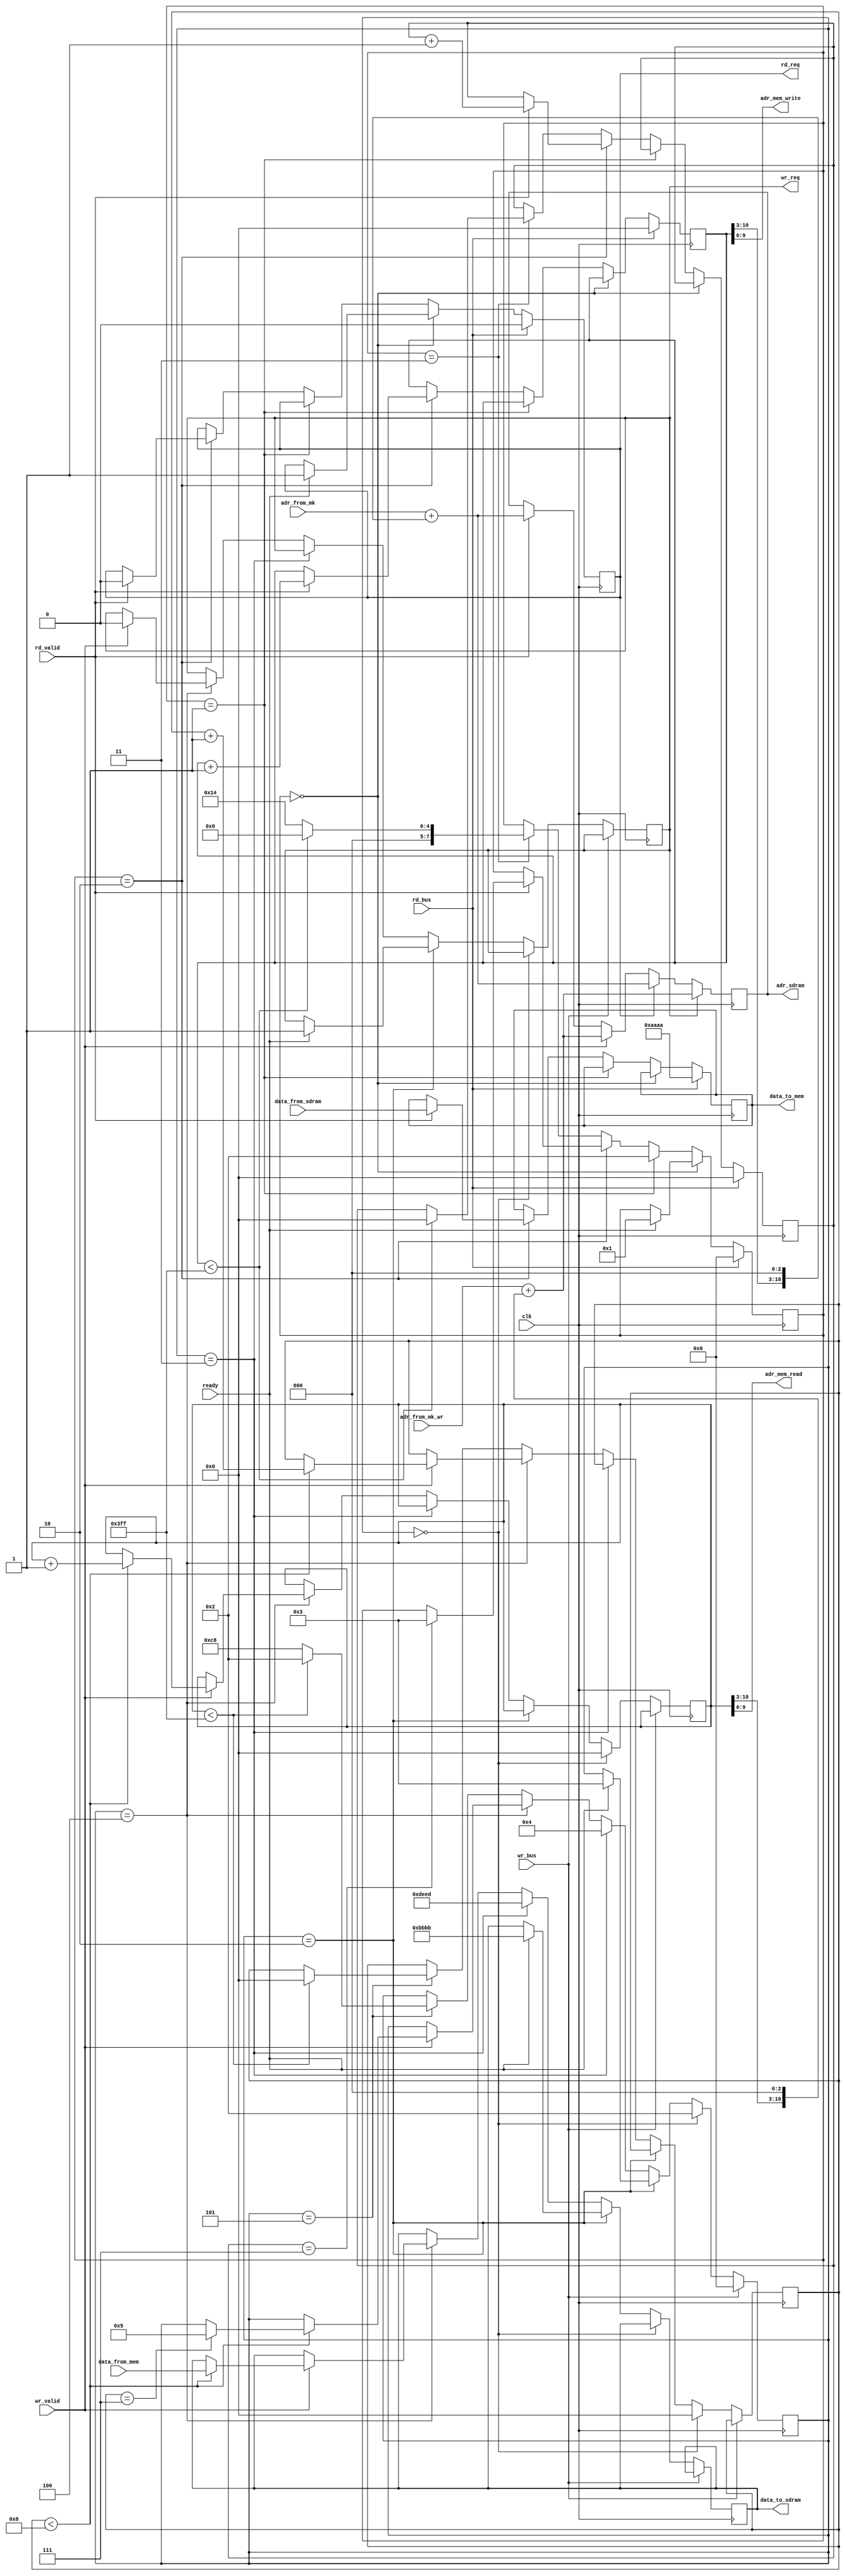
//-----------------------------------------------------------------------------
//
// Title       : tst_writer
// Design      : list
// Company     : Microsoft
//
//-----------------------------------------------------------------------------
//
// Generated   : Wed Apr 17 15:09:29 2019
// From        : interface description file
// By          : Itf2Vhdl ver. 1.22
//
//-----------------------------------------------------------------------------
//
// Description : 
//
//-----------------------------------------------------------------------------
`timescale 1 ns / 1 ps

//{{ Section below this comment is automatically maintained
//   and may be overwritten
//{module {tst_writer}}
module sdram_mk_upr ( 
	ready,//
	clk ,
	data_from_mem ,
	adr_mem_read ,
	adr_mem_write,
	data_to_mem,
	data_to_sdram,
	data_from_sdram,
	adr_sdram,
	adr_from_mk,
	adr_from_mk_wr,
	wr_req,
	rd_req,
	wr_valid,
	rd_valid,
	wr_bus,//   sdram  
	rd_bus //   sdram  
	//--------------------
	 );
parameter N_mem=1024;

output [15:0] data_to_mem    ;
output [15:0] data_to_sdram  ;
input  [15:0] data_from_mem  ;
input  [15:0] data_from_sdram;
output [24:0] adr_sdram      ;
input  [24:0] adr_from_mk    ;
input  [24:0] adr_from_mk_wr ;
output [ 9:0] adr_mem_read   ;
output [ 9:0] adr_mem_write  ;

output wr_req ; 	// 
output rd_req ;
input  wr_valid;
input  rd_valid;

input ready;		//     ,     ,       

input clk ;
input wr_bus;
input rd_bus;

reg [23:0] adr_test=0;
reg [10:0] reg_adr_read_full=0;
reg [10:0] reg_adr_all=0;
reg [10:0] reg_adr_to_mem_rd=0;
reg [10:0] reg_adr_to_mem_wr=0;
reg [24:0] adr_reg=-2;
reg [15:0] data_reg=0;
reg [ 7:0] step_wr=200;
reg [ 7:0] step_rd=200;	
reg [15:0] sch=0;
reg write_r=0;
reg [9:0] N_BURST_r=9; //9 - full page
reg flag=0;
reg flag_new_data=0;
reg reg_dqm=0;
reg reg_req=0;
reg [24:0] reg_addr=0;
reg [15:0] r_data  =0;
reg data_en=0;

assign data_to_mem  = r_data; //    
assign adr_sdram    = reg_addr;//    sdram
assign rd_req       = reg_req;
assign adr_mem_write= reg_adr_read_full;//   

always @(posedge clk)
						  if (write_r ) reg_addr<=adr_from_mk_wr+{reg_adr_all      [10:3],3'b000};
					else  if (reg_req ) reg_addr<=adr_from_mk   +{reg_adr_read_full[10:3],3'b000};
					else  if (wr_valid) reg_addr<=adr_from_mk_wr+{reg_adr_all      [10:3],3'b000}; // if (wr_valid) reg_addr<=adr_from_mk+{reg_adr_all      [10:3],3'b000};//  sdram 
					else  if (rd_valid) reg_addr<=adr_from_mk   +{reg_adr_read_full[10:3],3'b000}; //  sdram 

always @(posedge clk)
	if (rd_bus)
		begin
		reg_req<=0;
		r_data<=16'haaaa;
		step_rd<=0;
		data_en<=0;
		reg_adr_to_mem_wr<=0;
		reg_adr_read_full<=0;
		end
	else
		if (step_rd==0)
		begin
		if (ready)
			begin
			reg_req<=1;
			step_rd<=1;	
			end				
		end	 else
		if (step_rd==1)
			begin
		//	reg_req<=0;
			step_rd<=2;	
			end else
		if (step_rd==2)
			begin 
			if (rd_valid)
				begin
				reg_req<=0;
				r_data <=data_from_sdram;
				reg_adr_read_full<=reg_adr_read_full+1;
				reg_adr_to_mem_wr<=reg_adr_to_mem_wr+1;//  
				if (reg_adr_to_mem_wr==7) step_rd<=3;
				end	else data_en<=0;
			end	 else
		if (step_rd==3)
		begin
			if (reg_adr_read_full<(N_mem-1))
			begin
				step_rd<=0;
				reg_adr_to_mem_wr<=0;
			end else step_rd<=20;
		end


assign adr_mem_read  = reg_adr_all;
assign data_to_sdram = data_reg;
assign wr_req        = write_r;

always @(posedge clk)
	begin
		if (wr_bus) step_wr<=0; 
		else
			if (step_wr==0)
				begin
				if (adr_test<300) adr_test<=adr_test+1; else adr_test<=0;// !!!   
				step_wr<=2;  
				reg_dqm <=0;
				reg_adr_to_mem_rd<=0;//      
				reg_adr_all<=0;
				end	else
			if (step_wr==2)
				begin
				if (ready)
					begin
					step_wr<=3;
					write_r <=1;// 	 
				    data_reg<=16'hbbbb;	
				    end 
				end else
			if (step_wr==3)
				begin
				step_wr<=4;				
			//	write_r<=0;	
				data_reg<=16'hdeed;
				end	else
			if (step_wr==4)
						begin 
							if (wr_valid)
								begin
									write_r<=0;
									if (reg_adr_to_mem_rd<16'd8) 
									begin  									
									reg_adr_all       <=reg_adr_all+1;
									reg_adr_to_mem_rd <=reg_adr_to_mem_rd+1; 
									  data_reg<=data_from_mem;
								  	//data_reg<=reg_adr_all;
									if (reg_adr_to_mem_rd==16'd7)  step_wr<=5; 
									end								
								end 			
						end	else
			if (step_wr==5)
			begin
			if (reg_adr_all<(N_mem-1))
				begin
					step_wr<=2;
					reg_adr_to_mem_rd<=0;
				end else step_wr<=200;
			
			end
			
	end	

endmodule